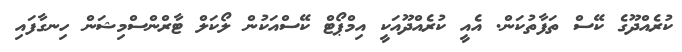
ކުރެއްދޫގެ ކޭސް ތަފާތުކަން. އެއީ ކުރެއްދޫއަކީ އިމްޕޯޓް ކޭސްއަކުން ލޯކަލް ޓާރްންސްމިޝަން ހިނގާފައި